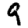
Digit: 9